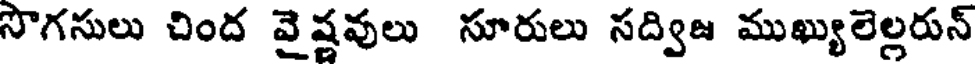
సొగసులు చింద వైష్ణవులు సూరులు సద్విజ ముఖ్యులెల్లరున్